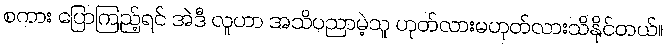
စကား ပြောကြည့်ရင် အဲဒီ လူဟာ အသိပညာမဲ့သူ ဟုတ်လားမဟုတ်လားသိနိုင်တယ်။